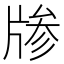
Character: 𱭞